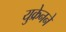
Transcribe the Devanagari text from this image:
युक्रेनने